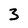
Character: 3